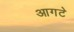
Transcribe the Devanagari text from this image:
आगटे